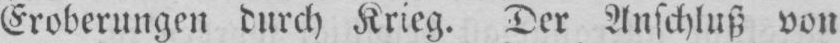
Eroberungen durch Krieg. Der Anschluß von